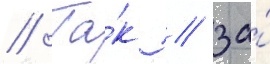
// Та́к / за́